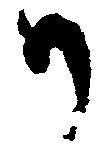
か